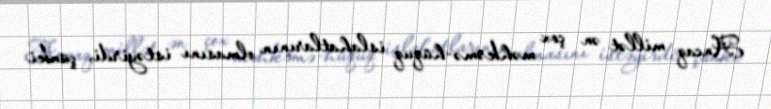
Ancaq millət ən çox məhkəmə-hüquq islahatlarının olmasını istəyirdi, çünki